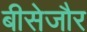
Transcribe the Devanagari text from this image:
बीसेजौर